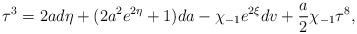
LaTeX: \begin{align*}{\bf\tau}^3=2ad\eta +(2a^2e^{2\eta} +1 )da-\chi_{-1}e^{2\xi}dv+\frac{a}{2}\chi_{-1}{\bf\tau}^8,\end{align*}